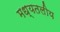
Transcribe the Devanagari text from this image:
मध्यतलीय